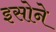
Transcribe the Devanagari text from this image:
इसोने